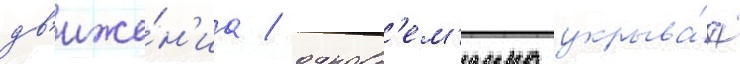
дв'иже́н'иа / одновр'ем'енно укрыва́я